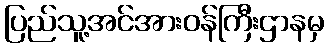
ပြည်သူ့အင်အားဝန်ကြီးဌာနမှ